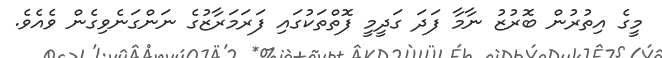
މީގެ އިތުރުން ބޮރުޒު ނާމާ ފަދަ ގަދީމީ ފޮތްތަކުގައި ފަރަމަރާޒުގެ ނަންގަނެވިގެން ވެއެވެ.